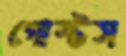
গোস্টস